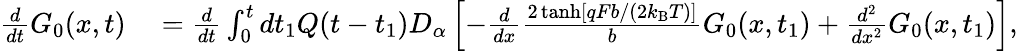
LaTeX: \begin{array}{rl}{\frac{d}{dt}G_{0}(x,t)}&{{}=\frac{d}{dt}\int_{0}^{t}dt_{1}Q(t-t_{1})D_{\alpha}\left[-\frac{d}{dx}\frac{2\operatorname{tanh}[qFb/(2k_{\mathrm{B}}T)]}{b}G_{0}(x,t_{1})+\frac{d^{2}}{dx^{2}}G_{0}(x,t_{1})\right],}\end{array}